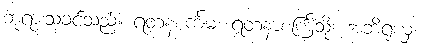
ဘုရားသခင်သည်။ ရတနစင်္ကမံ၊ ရတနာစင်္ကြံသို့။ အဘိရုယှ၊